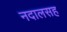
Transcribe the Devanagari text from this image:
नदालसह